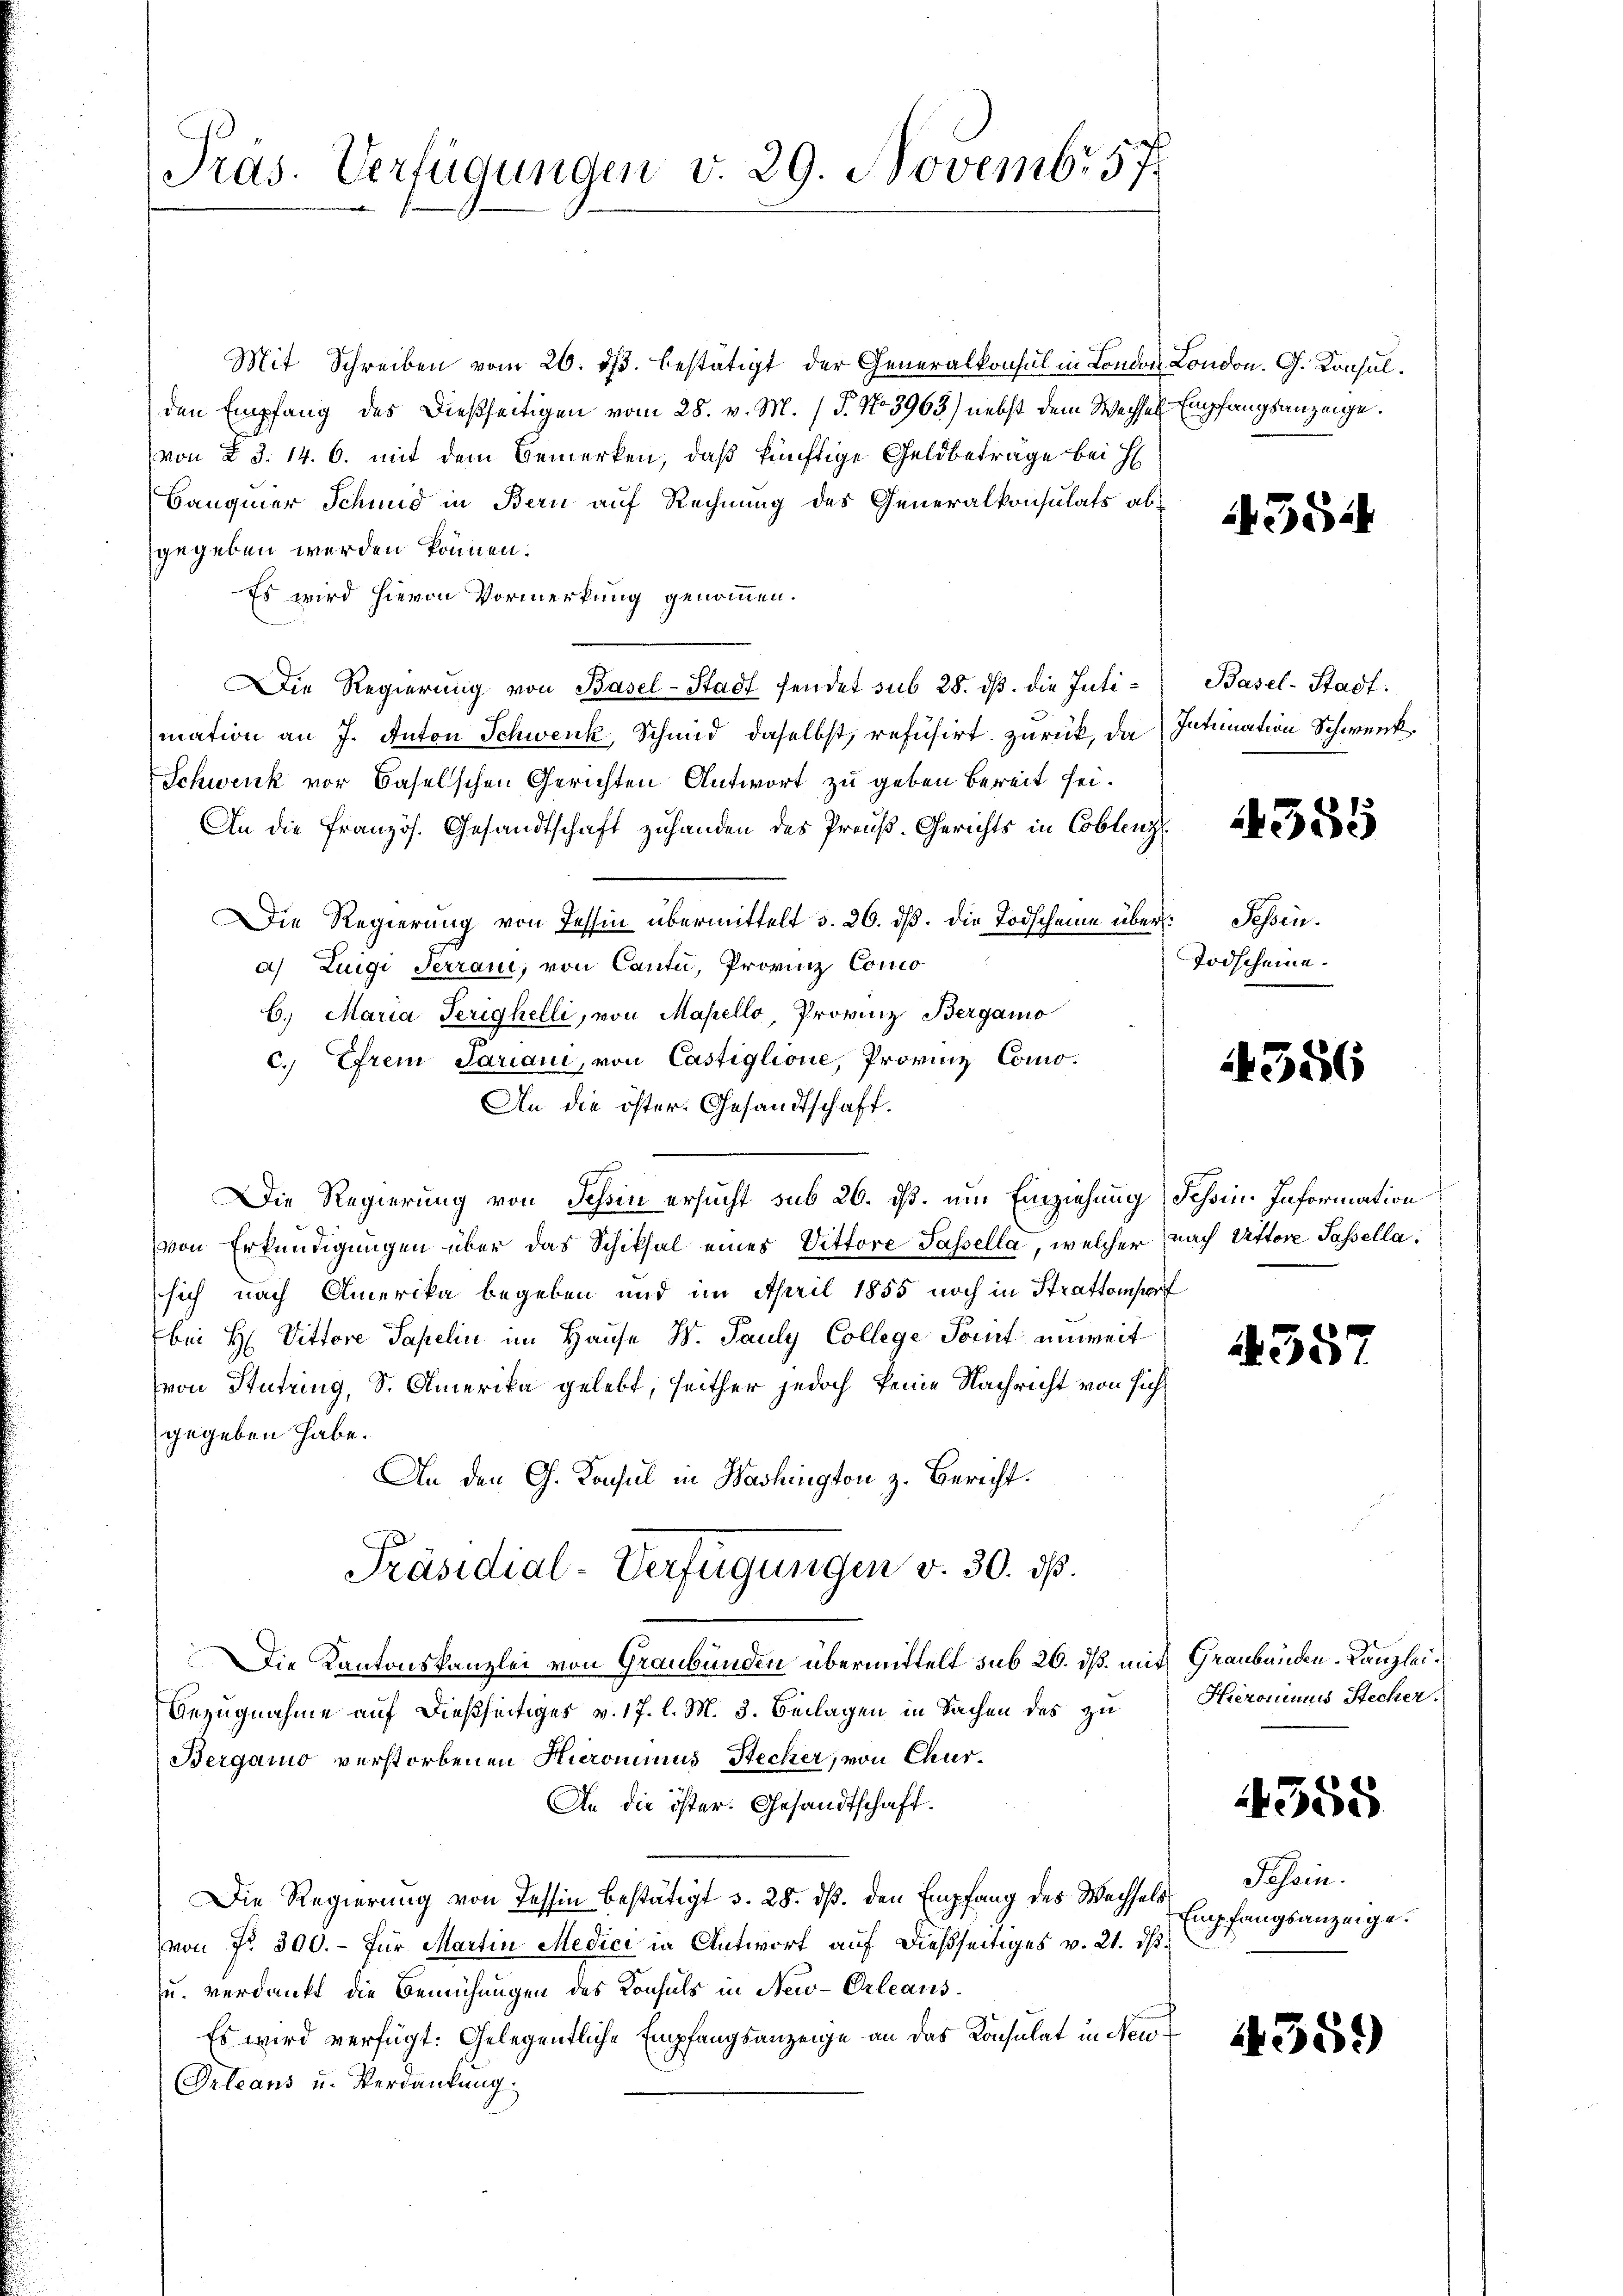
Präs. Verfügungen v. 29. Novembr 57.

Mit Schreiben vom 26. ds. bestätigt der Generalkonsul in London London. G. Konsulden Empfang des dießseitigen vom 28. v. M. (T. No 3963) nebst dem Wechsel Empfangsanzeige.
von § §. 14. 6. mit dem Bemerken, daß künftige Geldbeträge bei H
Banquer Schmid in Bern auf Rechnung des Generalkonsulats abgegeben werden können.
Es wird hievon Vormerkung genommen.
Die Regierung von Basel-Stadt sendet sub 28. ds. die Intimation an J. Anton Schwenk, Schmid, daselbst, refusirt zurück, da Intimation Schwenk¬
Schwenk vor Baselschen Gerichten Antwort zu geben bereit sei.
An die französ. Gesandtschaft zuhanden des Preuß-Gerichts in Coblenz
Die Regierung von Tessin übermittelt d. 26. dβ. die Todscheine über Sehena) Luigi Ferrau, von Canta, Provinz Como
6. Maria Ferighelli, von Mapello, Provinz Bergamo
c. Irem Jariani, von Castiglione, Provinz Como¬
An die öster. Gesandtschaft.
Die Regierung von Schin ersucht sub 26. ist, um Einziehung dessin. Information
von Erkundigungen über das Schiksal eines Vittore Passella, welcher nach Uttore Passellasich nach Amerika begeben und im April 1855 noch in Straftonsf
bei H. Vittore Papelin im Hause W. Pauly College Point unweit
von Hutzing, S. Amerika gelebt, seither jedoch keine Nachricht von sich
gegeben habe.
An den G. Konsul in Washington z. Bericht.
Präsidial-Verfügungen v. 30. ds.
Die Kantonskanzlei von Graubünden übermittelt sub 26. dß. mit Graubünden-Kanzlei
Bezugnahme auf dießseitiges v. 17. l. M. 3. Beilagen in Sachen des zu
Bergamo verstorbenen Hierominus Stecher, von Chur¬
An die öster. Gesandtschaft.
Die Regierung von Tessin bestätigt d. 28. dß. den Empfang des Wechsels
von Nr. 300.- für Martin Medici in Antwort auf dießseitiges v. 21. ds.
u. verdankt die Bemühungen des Konsuls in Neu-Orleaus¬
Es wird verfügt: Gelegentliche Empfangsanzeige an das Konsulat in Neu
Orleans u. Verdankung.

43544

Basel-Stadt.
355

Todscheine.

4356

4557

Hieronimus Stecker.

4558

Tessin.
Empfangsanzeige.

1359)